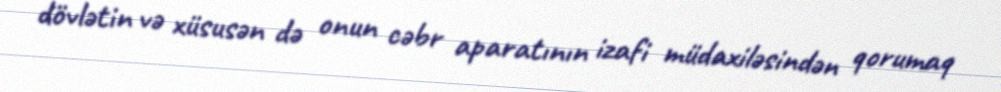
dövlətin və xüsusən də onun cəbr aparatının izafi müdaxiləsindən qorumaq